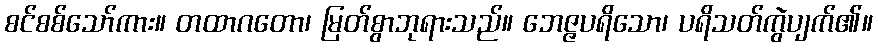
စင်စစ်သော်ကား။ တထာဂတော၊ မြတ်စွာဘုရားသည်။ ဘေဇ္ဇပရိသော၊ ပရိသတ်ကွဲပျက်၏။